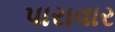
પારાવાર